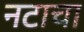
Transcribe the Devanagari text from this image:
नटाचा